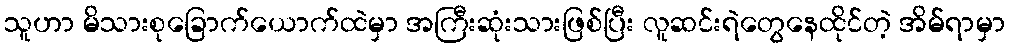
သူဟာ မိသားစုခြောက်ယောက်ထဲမှာ အကြီးဆုံးသားဖြစ်ပြီး လူဆင်းရဲတွေနေထိုင်တဲ့ အိမ်ရာမှာ